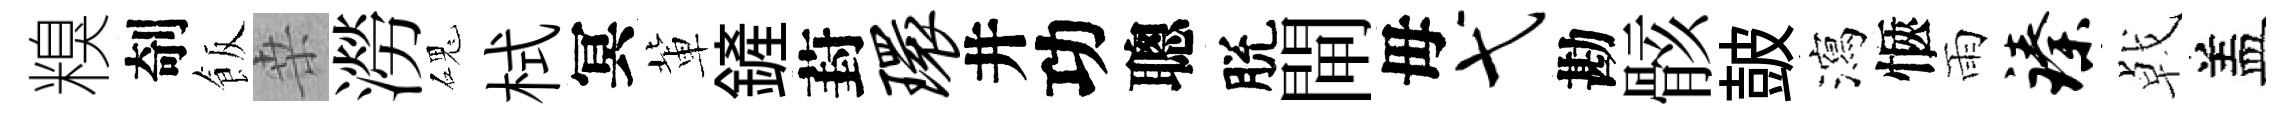
糗剞飯桒澇磈栻冥軰鏟葑环井功聰脫閘毋弋勘骸皷瀉愜雨臻㦸盖